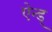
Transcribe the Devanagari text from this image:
ऐन्ड्